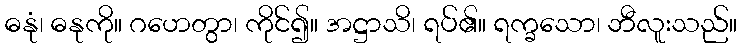
ဓနုံ၊ ဓနုကို။ ဂဟေတွာ၊ ကိုင်၍။ အဋ္ဌာသိ၊ ရပ်၏။ ရက္ခသော၊ ဘီလူးသည်။